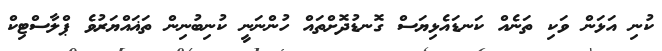
ކުނި އަޅަން ވަކި ތަނެއް ކަނޑައެޅިޔަސް ގޮނޑުދޮށްތައް ހުންނަނީ ކުނިބުނިން ތަޣައްޔަރުވެ ޕްލާސްޓިކް